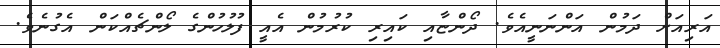
އަރިއަށް ދަމުން އަންނަނީއެވެ. ދޯންޏާއި ކައިރި ކުރުމުން އެއީ ފުލުހުންގެ ލޯންޗެއްކަން އެގުނެވެ.